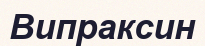
Випраксин